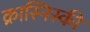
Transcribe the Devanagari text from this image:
क्रास्निस्की